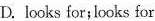
D. looks for;looks for